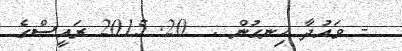
- ވައުދާ ހިނގުން :  20